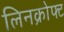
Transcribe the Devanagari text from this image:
लिनक्रोफ्ट